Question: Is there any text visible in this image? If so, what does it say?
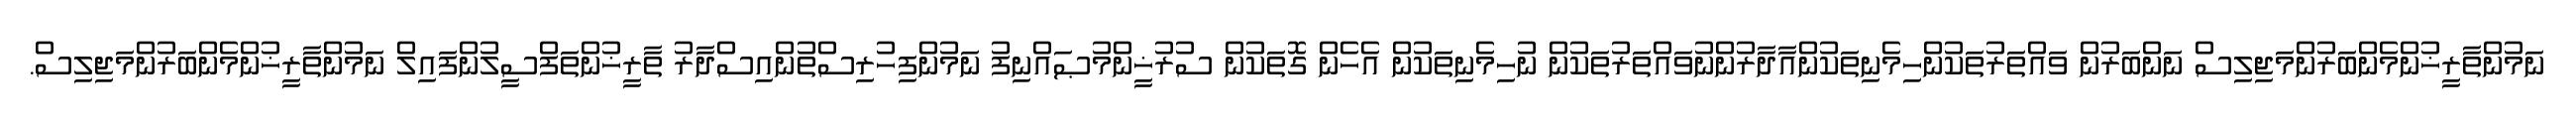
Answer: ނަމުންތާރީޚުންމެންބަރުންމަޖިލިސް ނަންބަރުން ވައްތަރުތަކުންހިމެނިތަކުންއާދާރުންނުވައްތަރުތަކުން ނުހިމެނިތަކުން އެހެން ގޮތަކުން ސުރުޚީންމުޞައްނިފު ނަމުންފިހުރިސްތުންއިސްދާރު ތާރީޚުންތަފްސީލުންފައިލް ނަމުންތާރީޚުންމެންބަރުންމަޖިލިސް.